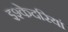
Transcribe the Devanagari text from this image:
इश्केदरियां